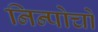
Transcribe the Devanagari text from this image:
निन्पोचो